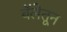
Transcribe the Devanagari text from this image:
बॅलेतून